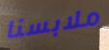
ملابسنا